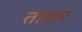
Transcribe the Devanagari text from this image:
ताछर